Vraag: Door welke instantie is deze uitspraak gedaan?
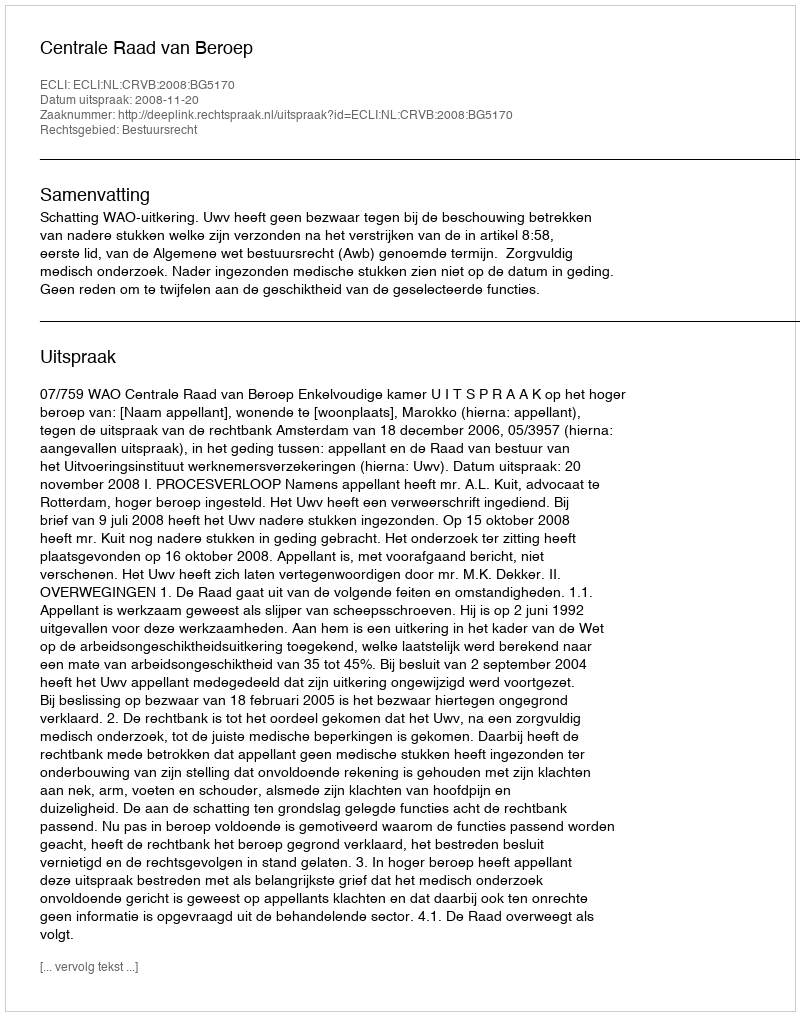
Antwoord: Centrale Raad van Beroep